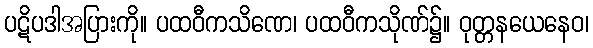
ပဋိပဒါအပြားကို။ ပထဝီကသိဏေ၊ ပထဝီကသိုဏ်၌။ ဝုတ္တနယေနေဝ၊